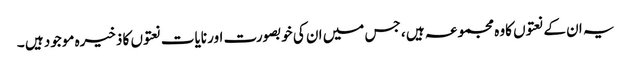
یہ ان کے نعتوں کاوہ مجموعہ ہیں ، جس میں ان کی خوبصورت اور نایات نعتوں کا ذخیرہ موجود ہیں ۔